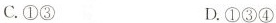
C.①③ D.①③④